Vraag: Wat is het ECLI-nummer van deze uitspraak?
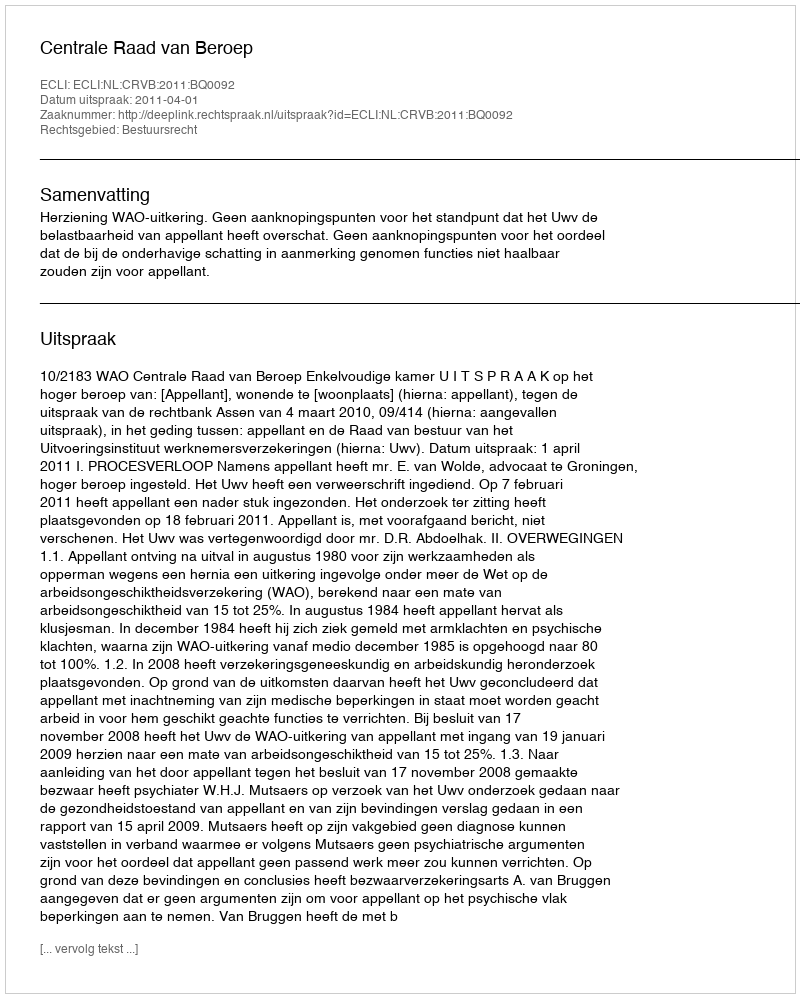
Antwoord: ECLI:NL:CRVB:2011:BQ0092